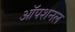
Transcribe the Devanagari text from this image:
ऑपशनल